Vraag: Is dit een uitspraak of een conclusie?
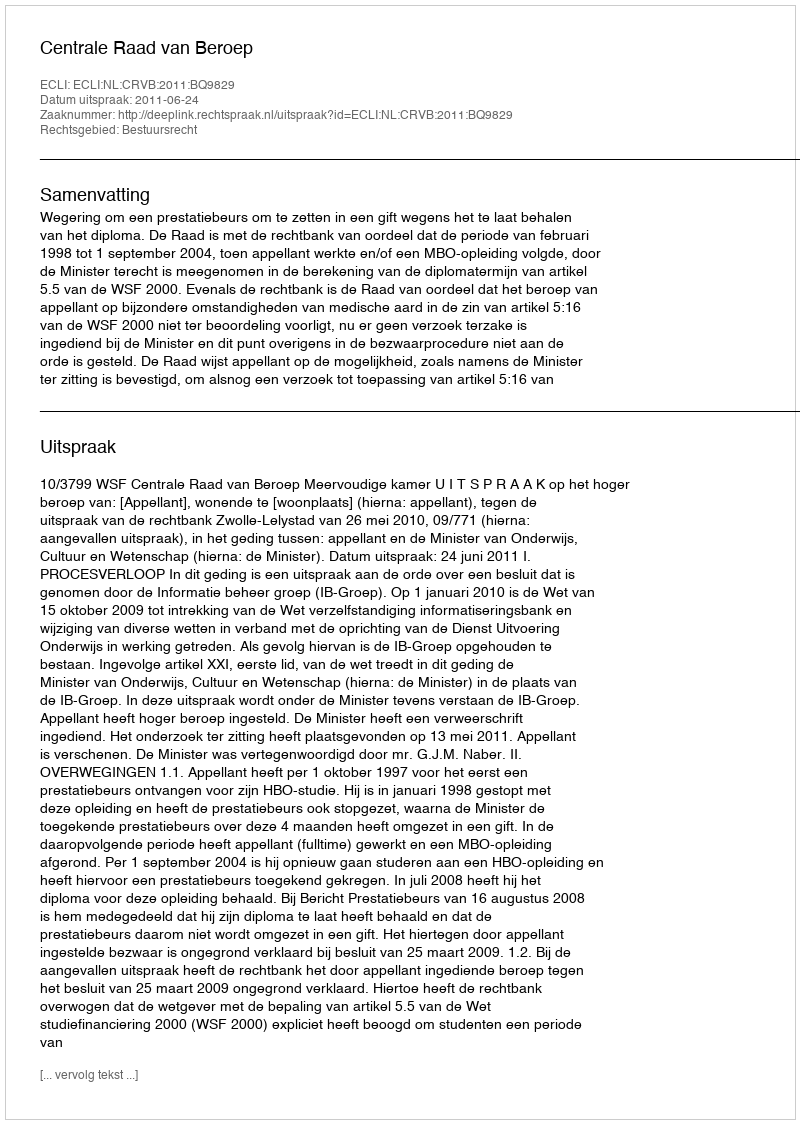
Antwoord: Uitspraak